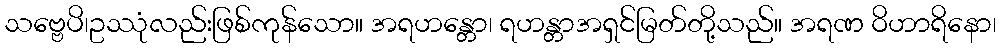
သဗ္ဗေပိ၊ဥဿုံလည်းဖြစ်ကုန်သော။ အရဟန္တော၊ ရဟန္တာအရှင်မြတ်တို့သည်။ အရဏ ဝိဟာရိနော၊